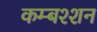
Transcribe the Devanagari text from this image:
कम्बश्शन